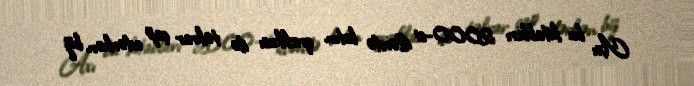
Axı bu kitabları 2000-ci illərdə latın qrafikası ilə təkrar çap edərkən biz